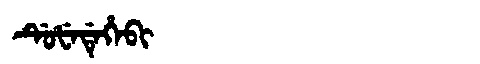
Manchu: ᡩᡠᡶᡝᡩᡝᡥᡝᠪᡳ
Romanization: DUFEDEHEBI